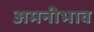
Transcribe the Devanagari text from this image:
अमनीभाव